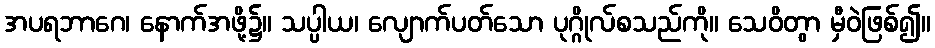
အပရဘာဂေ၊ နောက်အဖို့၌။ သပ္ပါယ၊ လျောက်ပတ်သော ပုဂ္ဂိုလ်စသည်ကို။ သေဝိတွာ မှီဝဲဖြစ်၍။